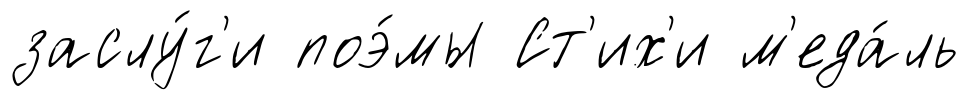
заслу́г'и поэ́мы Ст'их'и м'еда́ль